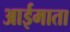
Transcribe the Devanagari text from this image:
आईमाता